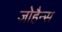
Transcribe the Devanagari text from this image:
जोहैन्स